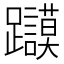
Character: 𲄔